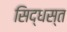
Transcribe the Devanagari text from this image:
सिद्धस्त